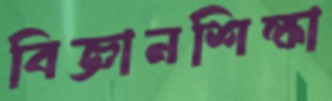
বিজ্ঞানশিক্ষা